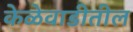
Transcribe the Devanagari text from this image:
केळेवाडीतील